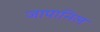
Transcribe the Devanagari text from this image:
जापानिल